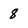
Character: 8